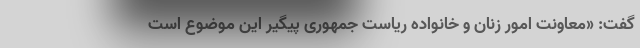
گفت: «معاونت امور زنان و خانواده ریاست جمهوری پیگیر این موضوع است